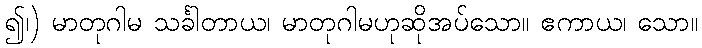
၍၊) မာတုဂါမ သင်္ခါတာယ၊ မာတုဂါမဟုဆိုအပ်သော။ ဧကာယ၊ သော။